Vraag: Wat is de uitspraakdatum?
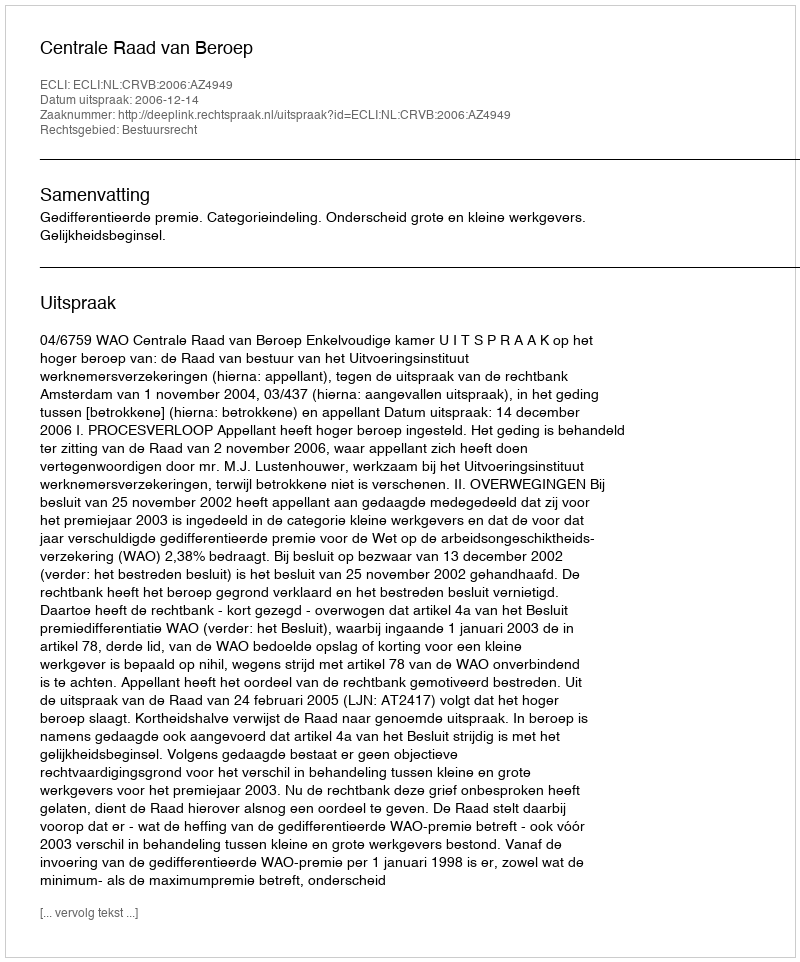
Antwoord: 2006-12-14